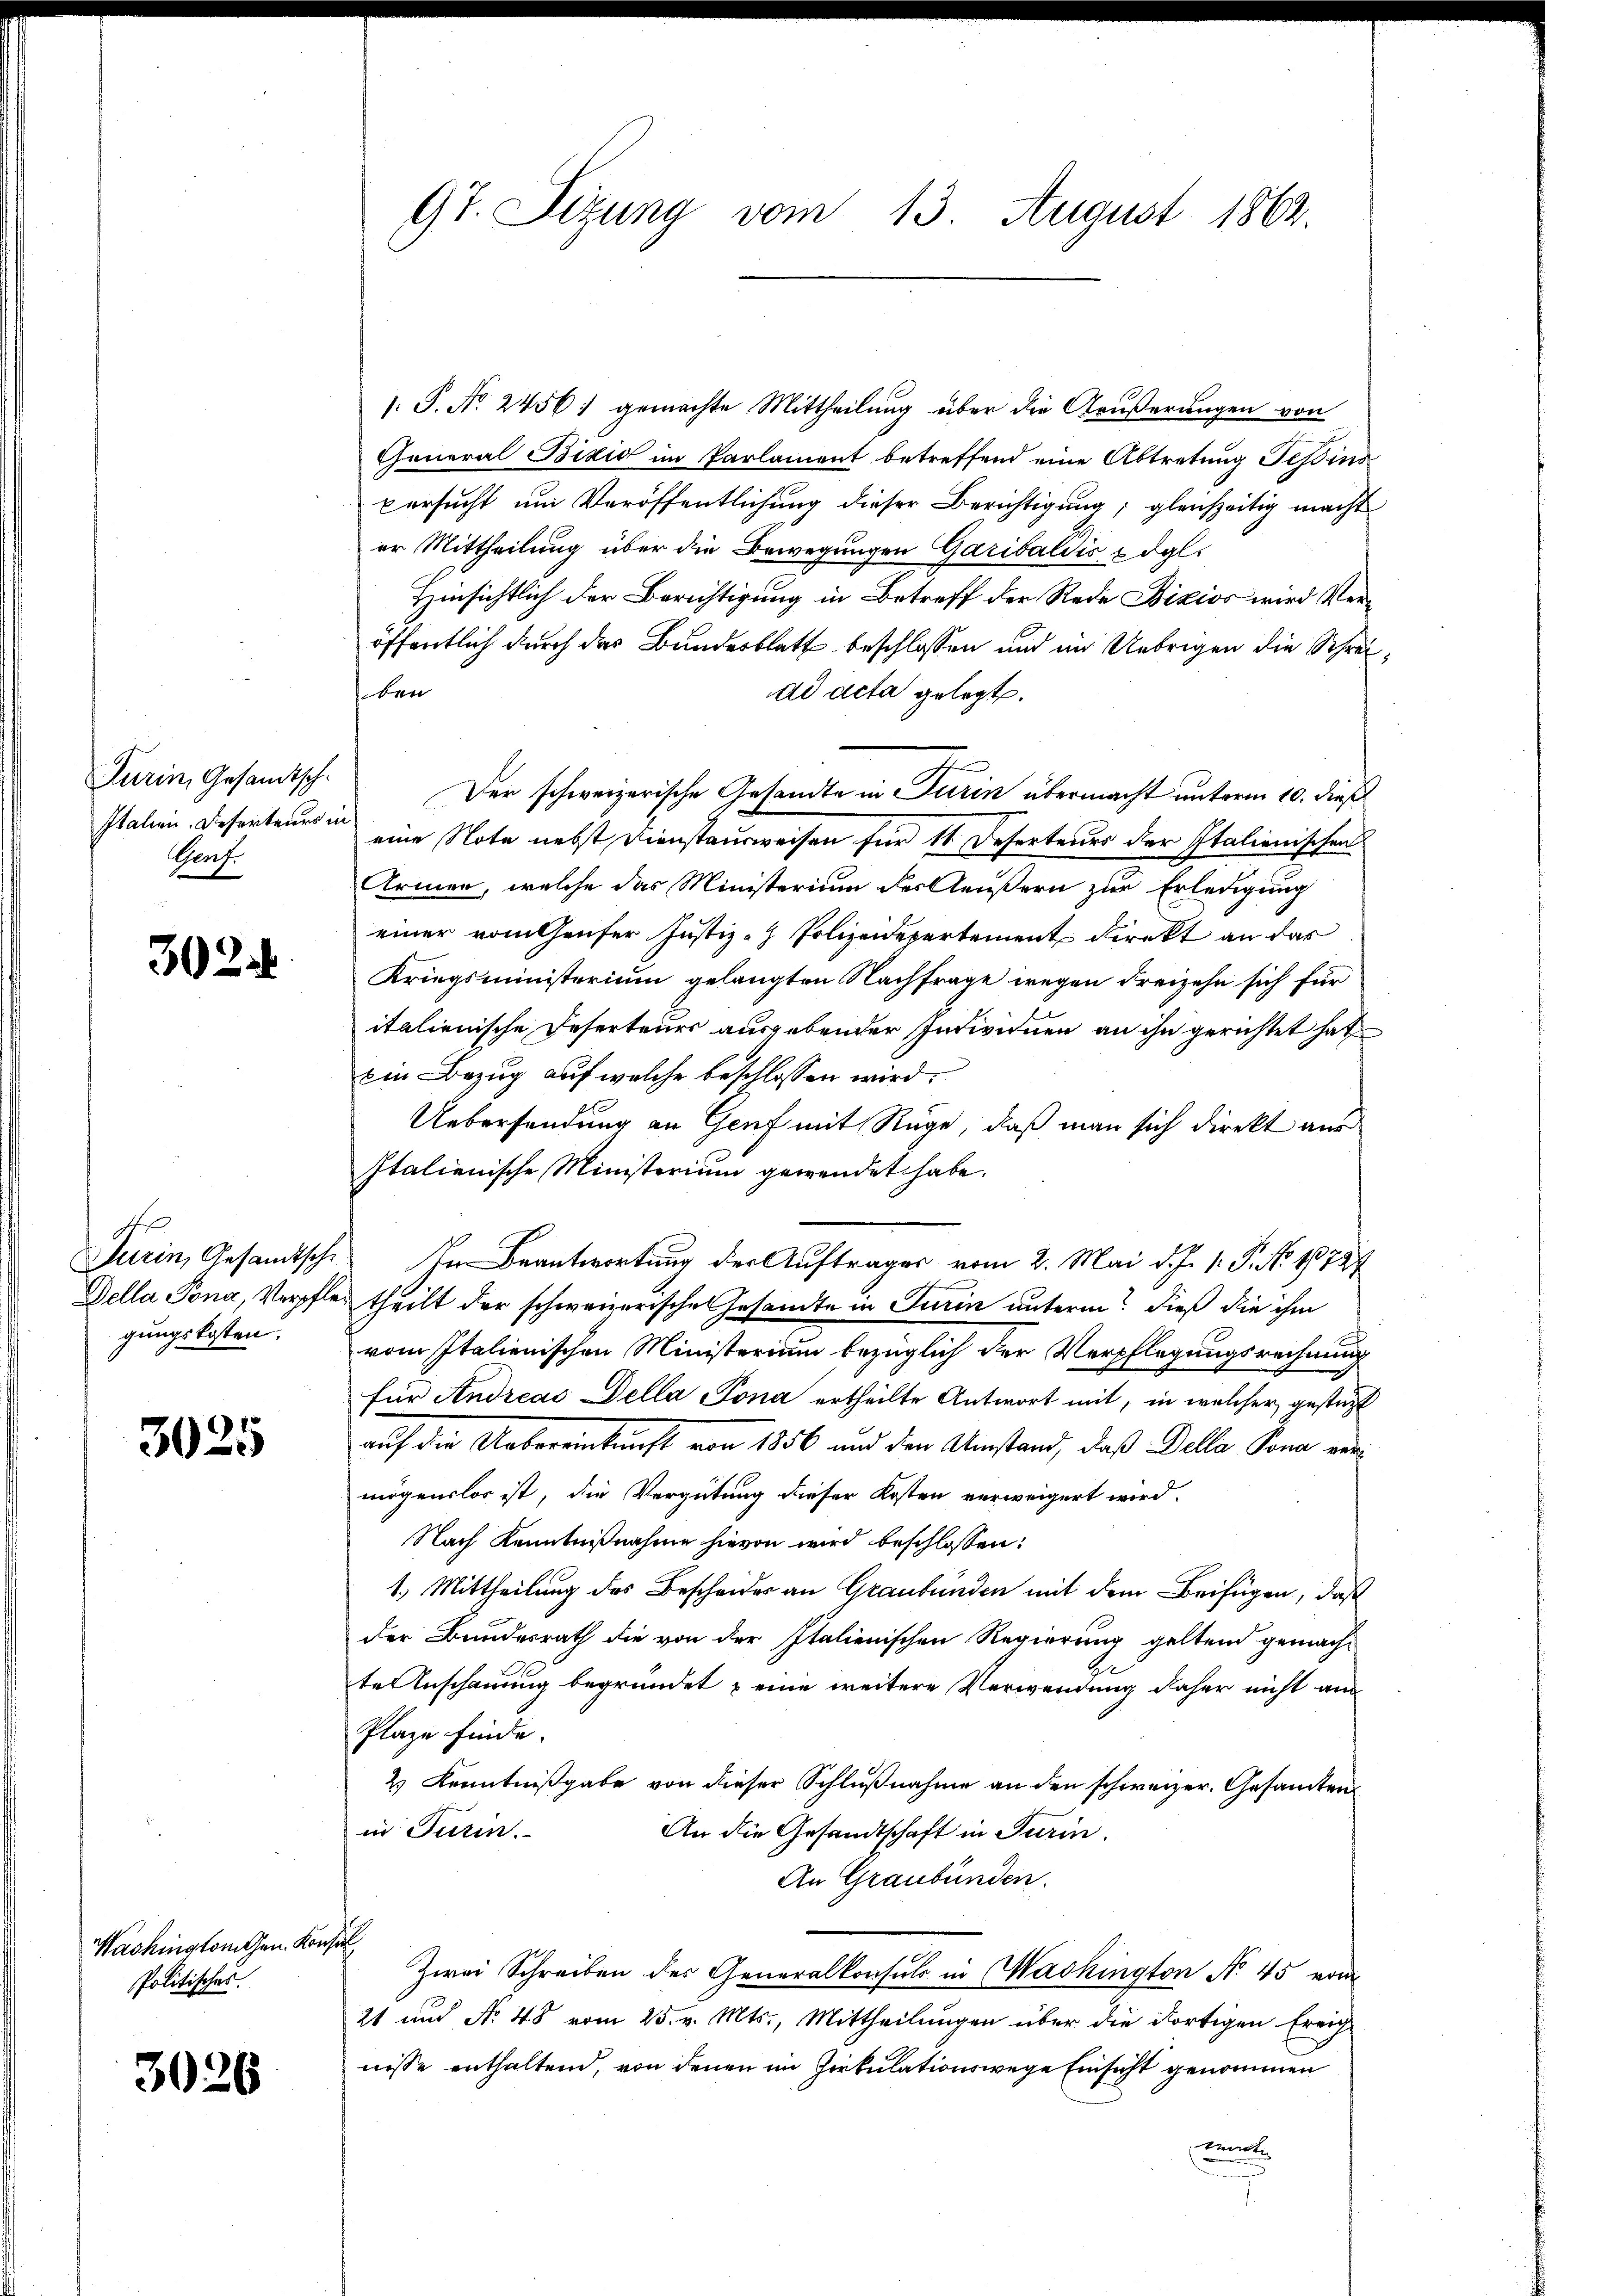
Durin, Gesandtsch.
Genf

3022.

Della Pona, Verpfle
gungskosten.

3025

Washingtonten. Kor
Politisches.

3026

9t. Sizung vom 13. August 1862.

/. P. Nr. 2456) gemachte Mittheilung über die Aeußerungen von
General Bixid im Parlament betreffend eine Abtretung Tessins
versucht um Veröffentlichung dieser Berichtigung; gleichzeitig macht
er Mittheilung über die Bewegungen Garibaldis u dal
Hinsichtlich der Berichtigung in Betreff der Rede Dizios wird Veröffentlich durch das Bundesblatt beschlossen und im Uebrigen die Schreiben
ad acta gelegt.
Der schweizerische Gesandte in Turin übermacht unterm 10. dieß
Italien. Deserteur eine Note nebst Dienstausweisen für 11 Deserteurs der Italienischen
Armen, welche das Ministerium des Aeußern zur Erledigung
einer vom laufer Justiz - Polizeidepartement direkt an das
Kriegsministerium gelangten Nachfrage wegen Freizehn sich für
italienische Deserteurs ausgebender Individuen an ihn gerichtet hat
Ein Bezug auf welche beschlossen wird.
Uebersendung an Genf mit Rüge, daß man sich direkt aus
Italienische Ministerium gewendet habe.
Turin, Gesandtsche In Beantwortung der Auftrages vom 2. Mai d. J. 1. P. No. 18727
theilt der schweizerische Gesandte in Turin unterm? Dieß die ihm
vom Italienischen Ministerium bezüglich der Verpflegungsrechnung
für Andreas Della Pona ertheilte Antwort mit, in welcher gestützt
auf die Uebereinkunft von 1856 und den Umstand, daß Della Pona einmögenslos ist, die Vergütung dieser Kosten verweigert wird.
Nach Kenntnißnahme hievon wird beschlossen:
1.) Mittheilung des Bescheides an Graubünden mit dem Beifügen, daß
der Bundesrath die von der Italienischen Regierung geltend gemachte Anschauung begründet & eine weitere Verwendung daher nicht an
Plaze finde.
2) Kenntnißgabe von dieser Schlußnahme an den schweizer. Gesamten
in Turin.
An die Gesandtschaft in Turin.
An Graubünden.
t
Zwei Schreiben des Generalkonsuls in Washington No 45 vom
21 und No. 48 vom 25. v. Mts., Mittheilungen über die dortigen Freich-
nisse enthaltend, von denen im Zirkulationswege Einsicht genommen
wante